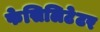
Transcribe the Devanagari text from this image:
फेसिलिटेटर